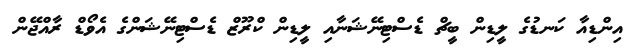
އިންޑިއާ ކަނޑުގެ ލީޑިން ބީޗް ޑެސްޓިނޭޝަނާއި ލީޑިން ކްރޫޒް ޑެސްޓިނޭޝަންގެ އެވޯޑް ރާއްޖޭން